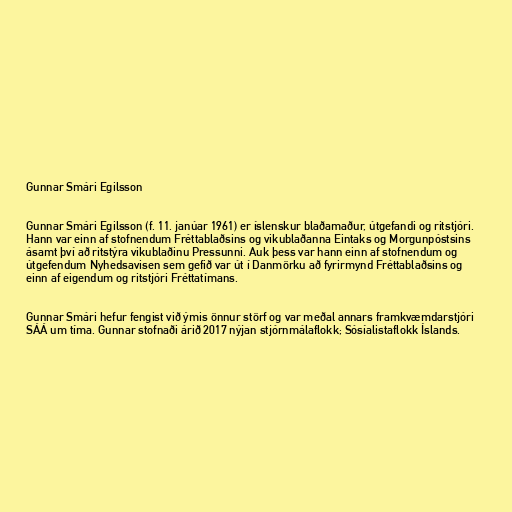
Gunnar Smári Egilsson

Gunnar Smári Egilsson (f. 11. janúar 1961) er íslenskur blaðamaður, útgefandi og ritstjóri.
Hann var einn af stofnendum Fréttablaðsins og vikublaðanna Eintaks og Morgunpóstsins
ásamt því að ritstýra vikublaðinu Pressunni. Auk þess var hann einn af stofnendum og
útgefendum Nyhedsavisen sem gefið var út í Danmörku að fyrirmynd Fréttablaðsins og
einn af eigendum og ritstjóri Fréttatímans.

Gunnar Smári hefur fengist við ýmis önnur störf og var meðal annars framkvæmdarstjóri
SÁÁ um tíma. Gunnar stofnaði árið 2017 nýjan stjórnmálaflokk; Sósíalistaflokk Íslands.